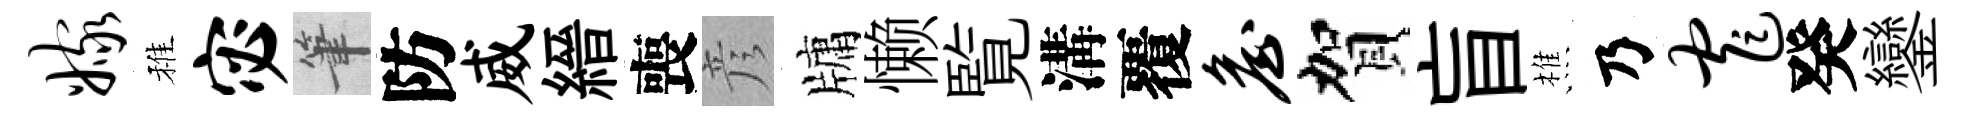
嫁稚宓筆防威縉喪彦牗懒覧溝覆詹賀盲樵乃窄癸鑾